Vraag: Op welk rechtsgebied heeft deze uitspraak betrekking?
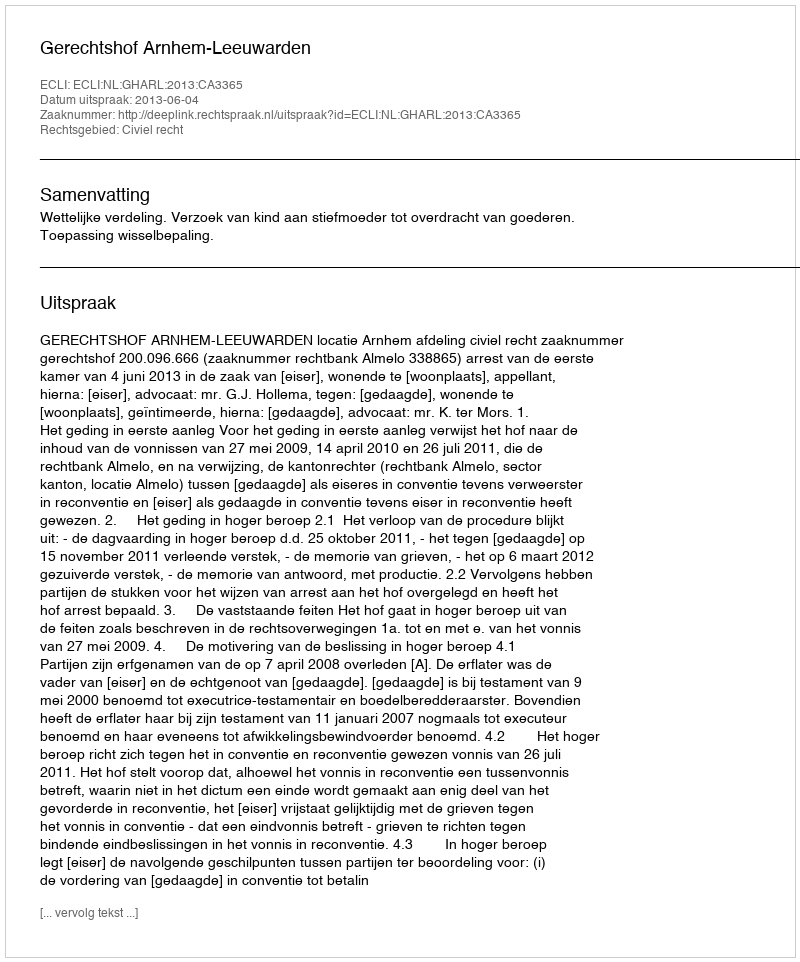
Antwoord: Civiel recht